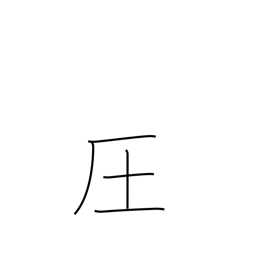
Meaning: dominate